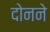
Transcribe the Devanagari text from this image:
दोनने